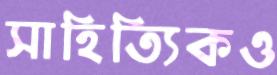
সাহিত্যিকও